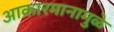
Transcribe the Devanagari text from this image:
आकारमानामुळे